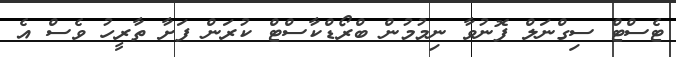
ޓެސްޓް ސިގްނަލް ފޮނުވާ ނިމުމުން ބްރޯޑްކާސްޓް ކުރަން ފަށާ ތާރީހު ވެސް އެ